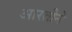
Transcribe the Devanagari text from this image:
आरतीने